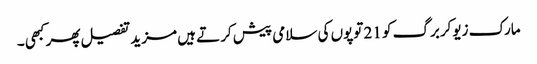
مارک زیوکربرگ کو 21 توپوں کی سلامی پیش کرتے ہیں مزید تفصیل پھر کبھی ۔